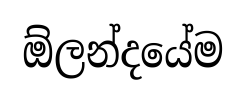
ඕලන්දයේම